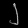
Digit: ၂